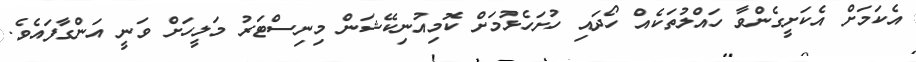
އެކަމަށް އެކަށީގެންވާ ހައްލުތަކެއް ހޯދައި ހުށަހެޅުމަށް ކޮމިއުނިކޭޝަން މިނިސްޓަރު މަލީހަށް ވަނީ އަންގާފައެވެ.